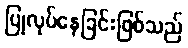
ပြုလုပ်နေခြင်းဖြစ်သည်